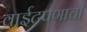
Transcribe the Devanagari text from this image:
वाईटपणाची